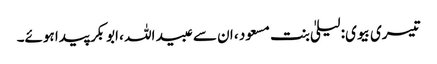
تیسری بیوی: لیلیٰ بنت مسعود ، ان سے عبید اللہ ، ابوبکر پیدا ہوئے۔